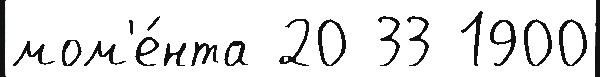
мом'е́нта 20 33 1900